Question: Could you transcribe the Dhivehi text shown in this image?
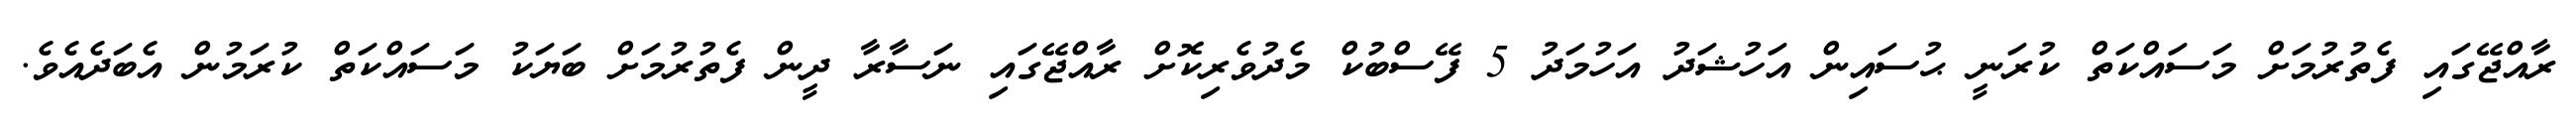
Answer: ރާއްޖޭގައި ފެތުރުމަށް މަސައްކަތް ކުރަނީ ޙުސައިން އަހުޝަދު އަހުމަދު 5 ފޭސްބުކް މެދުވެރިކޮށް ރާއްޖޭގައި ނަސާރާ ދީން ފެތުރުމަށް ބަޔަކު މަސައްކަތް ކުރަމުން އެބަދެއެވެ.